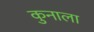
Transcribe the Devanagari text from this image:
कुनाला